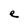
Character: e